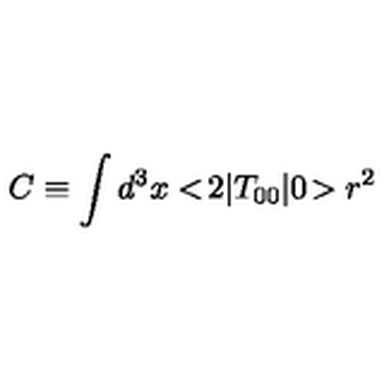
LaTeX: C \equiv \int d ^ { 3 } x < \! 2 | T _ { 0 0 } | 0 \! > r ^ { 2 }